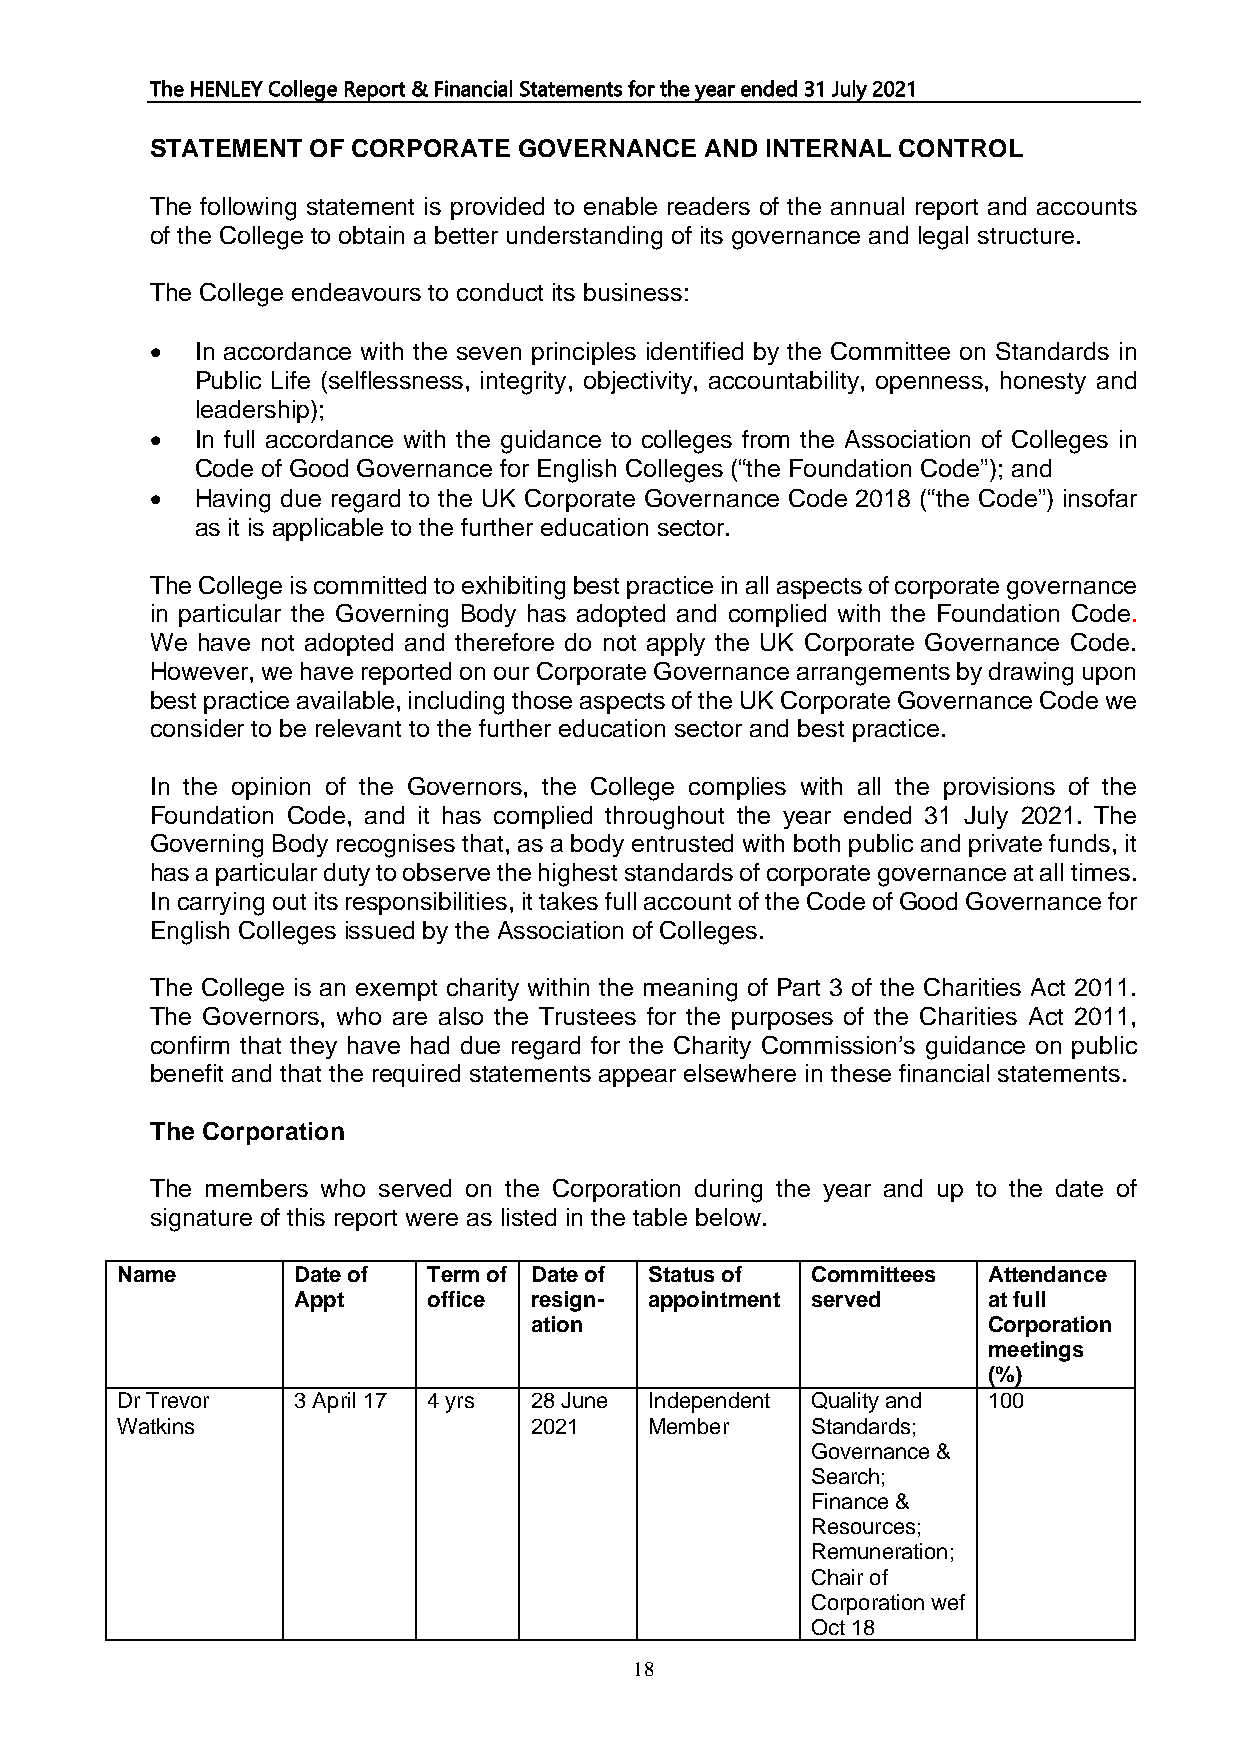
The HENLEY College Report & Financial Statements for the year ended 31 July 2021
 STATEMENT  OF CORPORATE GOVERNANCE   AND INTERNAL CONTROL
 The following statement is provided to enable readers of the annual report and accounts
 of the College to obtain a better understanding of its governance and legal structure.
 The College endeavours to conduct its business:
 •  In accordance with the seven principles identified by the Committee on Standards in
 Public Life (selflessness, integrity, objectivity, accountability, openness, honesty and
 leadership);
 •  In full accordance with the guidance to colleges from the Association of Colleges in
 Code of Good Governance for English Colleges (“the Foundation Code”); and
 •  Having due regard to the UK Corporate Governance Code 2018 (“the Code”) insofar
 as it is applicable to the further education sector.
 The College is committed to exhibiting best practice in all aspects of corporate governance
 in particular the Governing Body has adopted and complied with the Foundation Code.
 We have not adopted and therefore do not apply the UK Corporate Governance Code.
 However, we have reported on our Corporate Governance arrangements by drawing upon
 best practice available, including those aspects of the UK Corporate Governance Code we
 consider to be relevant to the further education sector and best practice.
 In the opinion of the Governors, the College complies with all the provisions of the
 Foundation Code, and it has complied throughout the year ended 31 July 2021. The
 Governing Body recognises that, as a body entrusted with both public and private funds, it
 has a particular duty to observe the highest standards of corporate governance at all times.
 In carrying out its responsibilities, it takes full account of the Code of Good Governance for
 English Colleges issued by the Association of Colleges.
 The College is an exempt charity within the meaning of Part 3 of the Charities Act 2011.
 The Governors, who are also the Trustees for the purposes of the Charities Act 2011,
 confirm that they have had due regard for the Charity Commission’s guidance on public
 benefit and that the required statements appear elsewhere in these financial statements.
 The Corporation
 The members who served on the Corporation during the year and up to the date of
 signature of this report were as listed in the table below.
 Name       Date of  Term of Date of Status of Committees Attendance
 Appt     office resign- appointment served    at full
 ation                         Corporation
 meetings
 (%)
 Dr Trevor  3 April 17 4 yrs 28 June Independent Quality and 100
 Watkins                    2021    Member     Standards;
 Governance &
 Search;
 Finance &
 Resources;
 Remuneration;
 Chair of
 Corporation wef
 Oct 18
 18